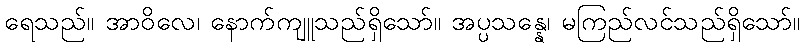
ရေသည်။ အာဝိလေ၊ နောက်ကျူသည်ရှိသော်။ အပ္ပသန္နေ၊ မကြည်လင်သည်ရှိသော်။